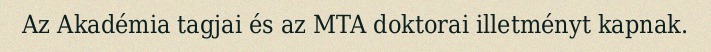
Az Akadémia tagjai és az MTA doktorai illetményt kapnak.